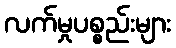
လက်မှုပစ္စည်းများ